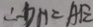
\therefore D H = A E